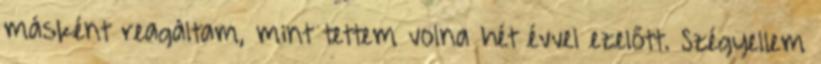
másként reagáltam, mint tettem volna hét évvel ezelőtt. Szégyellem